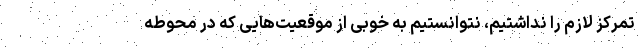
تمرکز لازم را نداشتیم، نتوانستیم به خوبی از موقعیت‌هایی که در محوطه